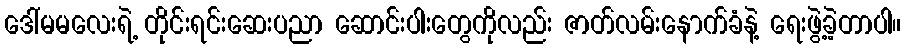
ဒေါ်မမလေးရဲ့ တိုင်းရင်းဆေးပညာ ဆောင်းပါးတွေကိုလည်း ဇာတ်လမ်းနောက်ခံနဲ့ ရေးဖွဲ့ခဲ့တာပါ။